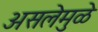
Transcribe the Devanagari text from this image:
असलेमुळे